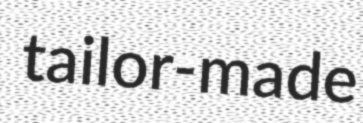
tailor-made